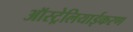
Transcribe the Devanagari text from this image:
ऑस्ट्रेलियाईकरण